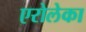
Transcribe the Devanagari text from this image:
एरोलेका